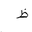
Letter: _za